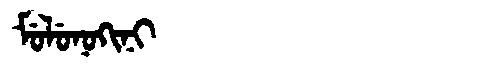
Manchu: ᠮᡠᠯᡠᠨᠣᡴᡳᠨᡳ
Romanization: MULUNOKINI